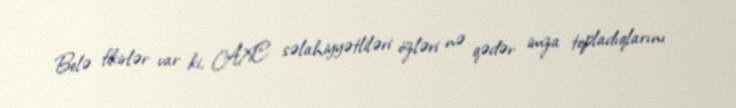
Belə fikirlər var ki, AXC səlahiyyətliləri özləri nə qədər imza topladıqlarını